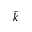
\bar { k }